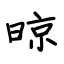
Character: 晾